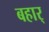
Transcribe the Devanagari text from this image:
बहार्